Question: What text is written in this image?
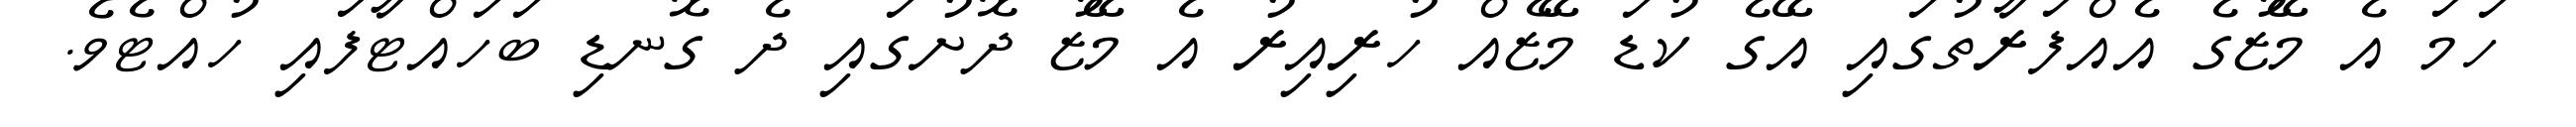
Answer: ހަމަ އެ މޭޒުގެ އެއްފަރާތުގައި އޭގެ ކުޑަ މޭޒެއް ހުރިއިރު އެ މޭޒު ދޮށުގައި ދެ ގޮނޑި ބަހައްޓާފައި ހުއްޓެވެ.